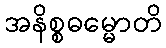
အနိစ္စဓမ္မောတိ